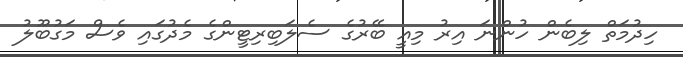
ހިދުމަތް ލިބެން ހުންނަ އިރު މިއީ ބޭރުގެ ސެލަބިރިޓީންގެ މެދުގައި ވެސް މަގުބޫލު